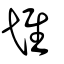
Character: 隿